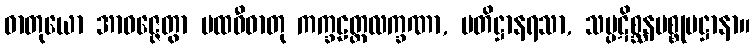
ဓာတုယော အာဝဇ္ဇေတွာ ပထဝီဓာတု ကက္ခဠတ္တလက္ခဏာ, ပတိဋ္ဌာနရသာ, သမ္ပဋိစ္ဆနပစ္စုပဋ္ဌာနာ။